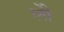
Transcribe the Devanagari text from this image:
लीे